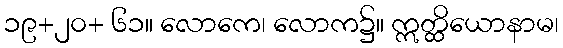
၁၉+၂၀+ ၆၁။ လောကေ၊ လောက၌။ ဣတ္ထိယောနာမ၊